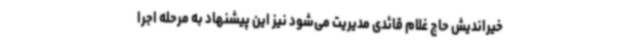
خیراندیش حاج غلام قائدی مدیریت می‌شود نیز این پیشنهاد به مرحله اجرا